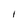
Character: l